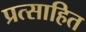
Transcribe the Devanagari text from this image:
प्रत्साहित